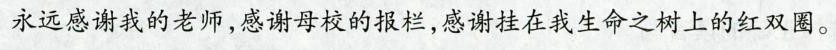
永远感谢我的老师，感谢母校的报栏，感谢挂在我生命之树上的红双圈。